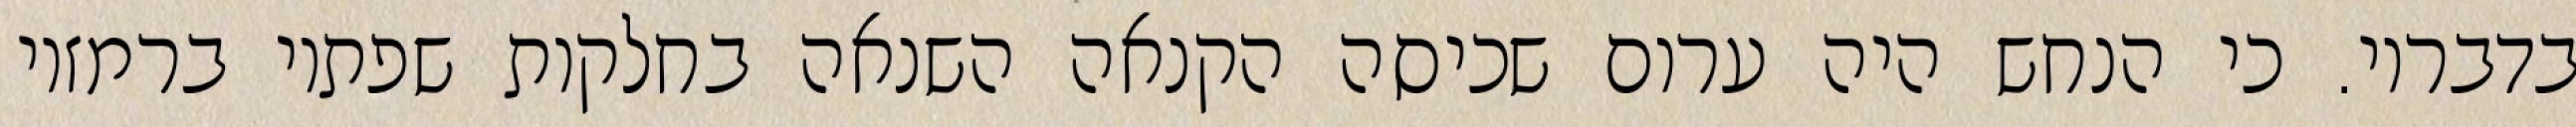
בדבריו. כי הנחש היה ערום שכיסה הקנאה השנאה בחלקות שפתיו ברמזיו